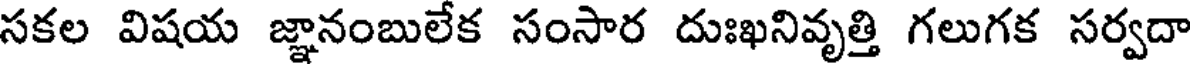
సకల విషయ జ్ఞానంబులేక సంసార దుఃఖనివృత్తి గలుగక సర్వదా